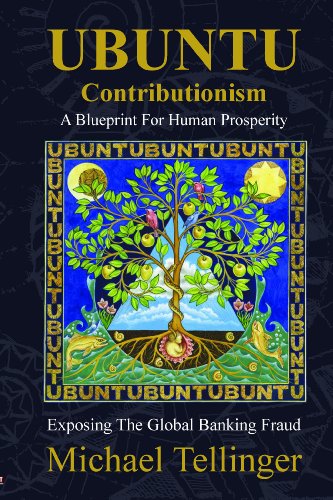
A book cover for UBUNTU Contributionism; Michael Tellinger; Business & Money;